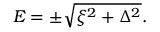
\begin{array} { r } { E = \pm \sqrt { \xi ^ { 2 } + \Delta ^ { 2 } } . } \end{array}